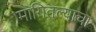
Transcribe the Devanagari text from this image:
मागितल्याचा